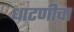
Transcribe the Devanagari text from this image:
धाटणीचा